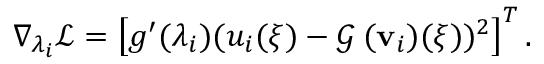
\begin{array} { r } { \nabla _ { \lambda _ { i } } \mathcal L = \left[ g ^ { \prime } ( \lambda _ { i } ) ( u _ { i } ( \xi ) - \mathcal G _ { \mathbf \theta } ( \mathbf { v } _ { i } ) ( \xi ) ) ^ { 2 } \right] ^ { T } . } \end{array}